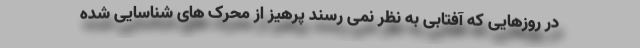
در روزهایی که آفتابی به نظر نمی رسند پرهیز از محرک های شناسایی شده